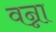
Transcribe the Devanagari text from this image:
वन्ना